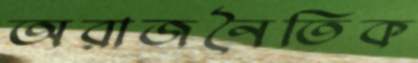
অরাজনৈতিক